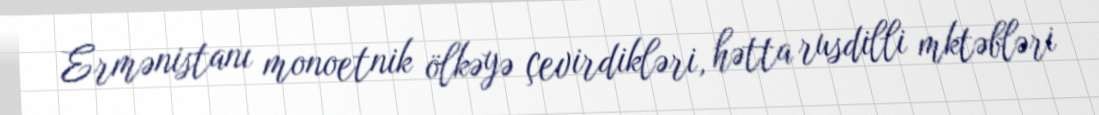
Ermənistanı monoetnik ölkəyə çevirdikləri, hətta rusdilli mktəbləri